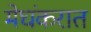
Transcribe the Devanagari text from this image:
मेघंकरात